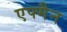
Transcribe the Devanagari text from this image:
एफ्मैन